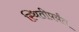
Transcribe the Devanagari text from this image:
स्थितीपर्यंत